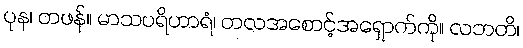
ပုန၊ တဖန်။ မာသပရိဟာရံ၊ တလအစောင့်အရှောက်ကို။ လဘတိ၊